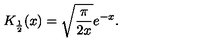
K _ { \frac { 1 } { 2 } } ( x ) = \sqrt { \frac { \pi } { 2 x } } e ^ { - x } .